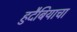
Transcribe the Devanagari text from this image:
हुदैबियाचा